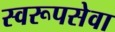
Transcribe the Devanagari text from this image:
स्वरूपसेवा